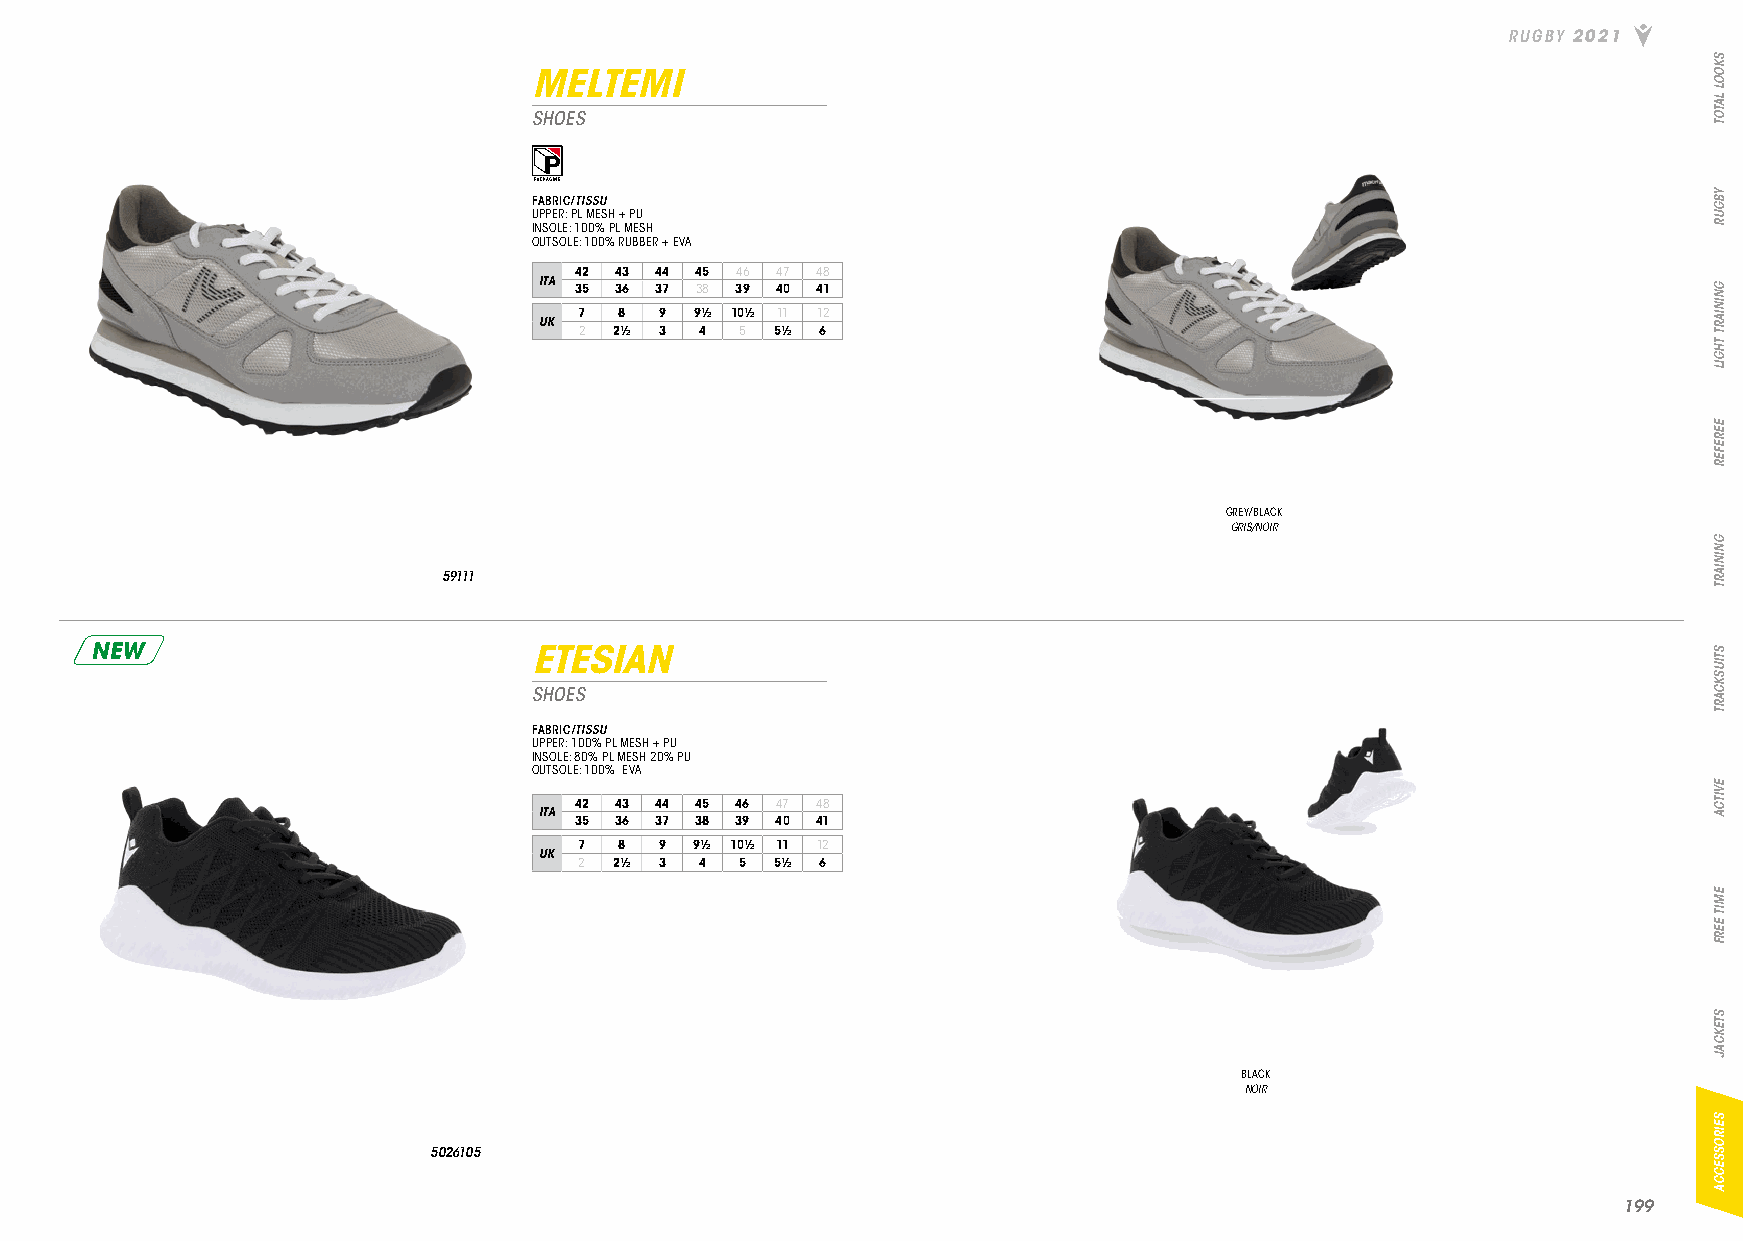
RUGBY 2021
 MELTEMI
 SHOES
 FABRIC/TISSU
 UPPER: PL MESH + PU
 INSOLE: 100% PL MESH
 OUTSOLE: 100% RUBBER + EVA
 42 43 44 45 46 47 48
 ITA 35 36 37 38 39 40 41
 7  8  9 9½ 10½ 11 12
 UK
 2  2½ 3 4  5 5½ 6
 GREY/BLACK
 GRIS/NOIR
 59111
 NEW                          ETESIAN
 SHOES
 FABRIC/TISSU
 UPPER: 100% PL MESH + PU
 INSOLE: 80% PL MESH 20% PU
 OUTSOLE: 100% EVA
 42 43 44 45 46 47 48
 ITA
 35 36 37 38 39 40 41
 7  8  9 9½ 10½ 11 12
 UK
 2  2½ 3 4  5 5½ 6
 BLACK
 NOIR
 5026105
 119999
 SKOOL
 LATOT
 YBGUR
 GNINIART
 THGIL
 EEREFER
 GNINIART
 STIUSKCART
 EVITCA
 EMIT
 EERF
 STEKCAJ
 SEIROSSECCA